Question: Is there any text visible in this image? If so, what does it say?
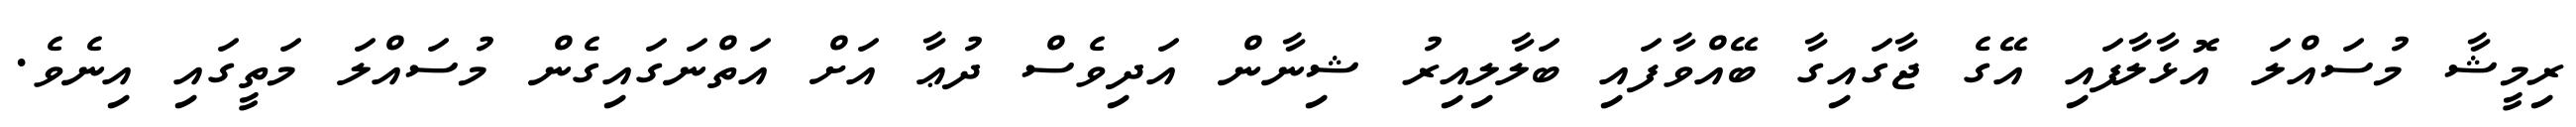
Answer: ރިމީޝާ މުސައްލަ އޮޅާލާފައި އޭގެ ޖާގައިގާ ބޭއްވާފައި ބަލާލިއިރު ޝިނާން އަދިވެސް ދުޢާ އަށް އަތްނަގައިގެން މުސައްލަ މަތީގައި އިނެވެ.